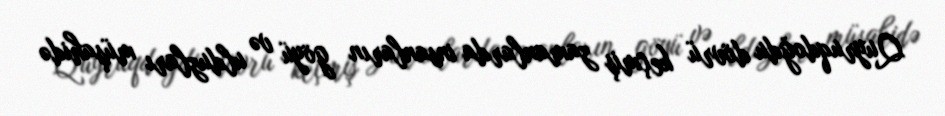
Quyruqdoğdu dövrü keçmiş zamanlarda insanların göyü və ulduzları müşahidə